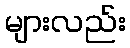
များလည်း